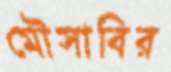
মৌসাবির